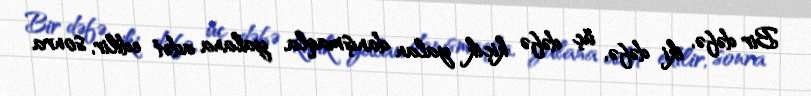
Bir dəfə, iki dəfə, üç dəfə kiçik yalan danışmaqla, yalana adət edilir, sonra